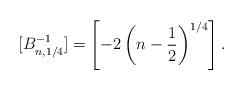
LaTeX: \begin{gather*} [B^{-1}_{n, 1/4}] = \left[-2\left(n-\frac{1}{2}\right)^{1/4}\right]. \end{gather*}